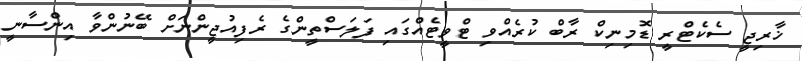
ޚާރިޖީ ސެކެޓްރީ ޑޮމިނިކް ރާބް ކުރެއްވި ޓްވީޓެއްގައި ފަލަސްތީންގެ ރެފިއުޖީންނަށް ބޭނުންވާ އިންސާނީ